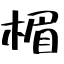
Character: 楣